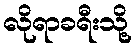
လိုရာခရီးသို့